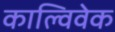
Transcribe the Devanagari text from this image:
काल्विवेक